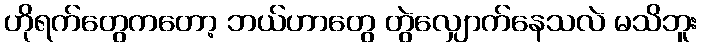
ဟိုရက်တွေကတော့ ဘယ်ဟာတွေ တွဲလျှောက်နေသလဲ မသိဘူး